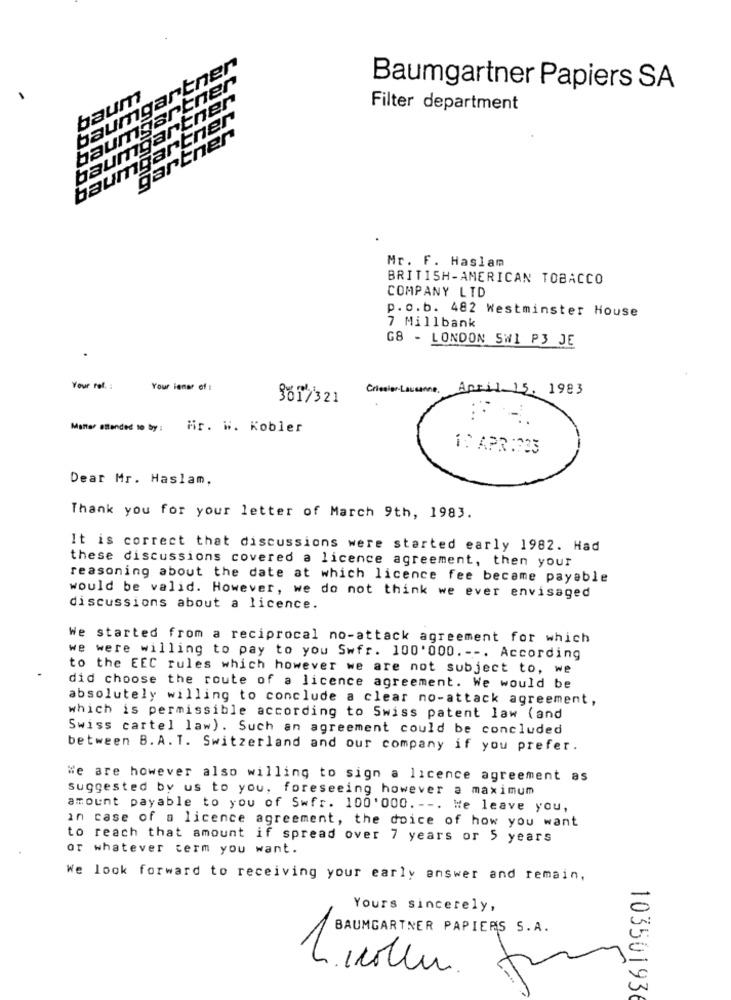
baumgartner
baumgartner
Baumgartner Papiers SA
baumgartner
baum
Filter department
baumgartner
gartner
Mr. F. Haslam
BRITISH-AMERICAN TOBACCO
COMPANY LTD
p.o.b. 482 Westminster House
7 Millbank
G8 - LONDON SWI P3 JE
Your ref. :
Your inner of :
Criesier-Lausanne.
April 15. 1983
3617321
Manter Blended to by: Hir. W. Kobler
10 APR:333
Dear Mr. Haslam,
Thank you for your letter of March 9th, 1983.
It is correct that discussions were started early 1982. Had
these discussions covered a licence agreement, then your
reasoning about the date at which licence fee became payable
would be valid. However, we do not think we ever envisaged
discussions about a licence.
We started from a reciprocal no-attack agreement for which
were willing to pay to you Swfr. 100'000. --. According
to the EEC rules which however we are not subject to, we
did choose the route of a licence agreement. We would be
absolutely willing to conclude a clear no-attack agreement,
which is permissible according to Swiss patent law ( and
Swiss cartel law). Such an agreement could be concluded
between B.A. T. Switzerland and our company if you prefer.
We are however also willing to sign a licence agreement as
suggested by us to you, foreseeing however a maximum
amount payable to you of Swfr. 100'000. --. He leave you,
in case of a licence agreement, the doice of how you want
to reach that amount if spread over 7 years or 5 years
or whatever term you want.
We look forward to receiving your early answer and remain,
Yours sincerely,
BAUMGARTNER PAPIERS S.A.
103501936